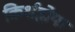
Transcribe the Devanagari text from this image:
किर्शहोफ